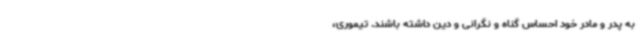
به پدر و مادر خود احساس گناه و نگرانی و دین داشته باشند. تیموری،